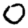
Digit: 0